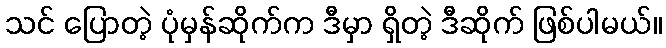
သင် ပြောတဲ့ ပုံမှန်ဆိုက်က ဒီမှာ ရှိတဲ့ ဒီဆိုက် ဖြစ်ပါမယ်။